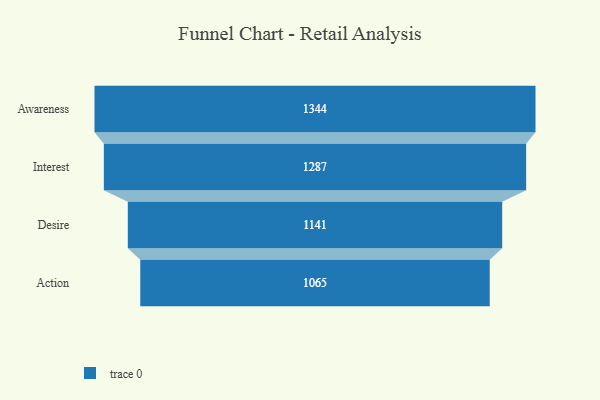
{"axis": {"x": "Stage", "y": "Value"}, "legend": [""], "data": [{"x": "Awareness", "y": 1344.0, "type": ""}, {"x": "Interest", "y": 1287.0, "type": ""}, {"x": "Desire", "y": 1141.0, "type": ""}, {"x": "Action", "y": 1065.0, "type": ""}]}